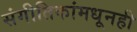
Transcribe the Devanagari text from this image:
संगीतिकांमधूनही